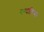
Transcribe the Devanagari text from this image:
गन्धारिन।